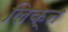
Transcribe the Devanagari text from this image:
लिक्न